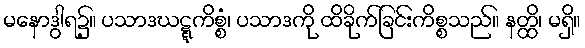
မနောဒွါရ၌။ ပသာဒဃဋ္ဋကိစ္စံ၊ ပသာဒကို ထိခိုက်ခြင်းကိစ္စသည်။ နတ္ထိ၊ မရှိ။